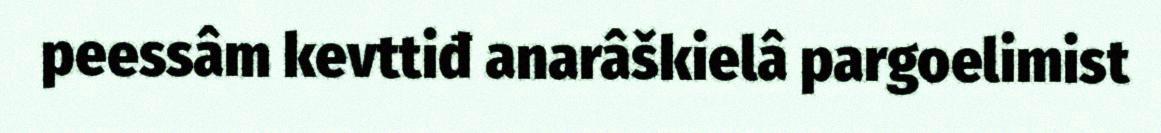
peessâm kevttiđ anarâškielâ pargoelimist